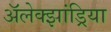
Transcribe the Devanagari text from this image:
अॅलेक्झांड्रिया